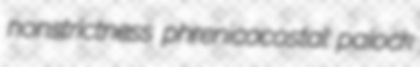
nonstrictness phrenicocostal paiock